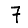
Digit: 7